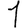
Digit: 1